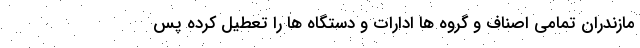
مازندران تمامی اصناف و گروه ها ادارات و دستگاه ها را تعطیل کرده پس